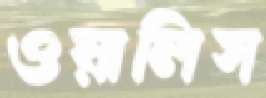
ওয়ালিস